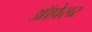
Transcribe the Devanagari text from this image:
ऑप्रेसर